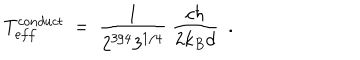
LaTeX: T _ { e f f } ^ { c o n d u c t } \ = \ \frac { 1 } { 2 ^ { 3 / 4 } 3 ^ { 1 / 4 } } \ \frac { c \hbar } { 2 k _ { B } d } \ \ .